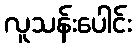
လူသန်းပေါင်း